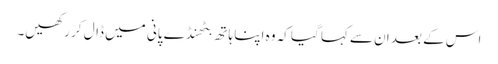
اس کے بعد ان سے کہا گیا کہ وہ اپنا ہاتھ بٹھنڈے پانی میں ڈال کر رکھیں۔